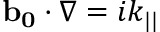
\mathbf { b _ { 0 } } \cdot \nabla = i k _ { | | }